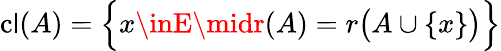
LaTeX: \operatorname{c\mathsf{l}}(A)={\Bigl\{ }x\inE\midr(A)=r{\bigl(}A\cup\{ x\} {\bigr)}{\Bigr\} }